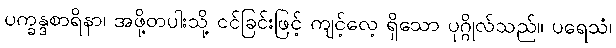
ပက္ခန္ဒစာရိနာ၊ အဖို့တပါးသို့ ငင်ခြင်းဖြင့် ကျင့်လေ့ ရှိသော ပုဂ္ဂိုလ်သည်။ ပရေသံ၊